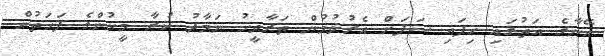
އޭނާގެ އަތުގައި ހިފައި ސަފަށް އެރުވުމުން ތަރާވީހު ނަމާދު ކުރާ މީހުންގެ ފަހަތުން